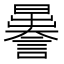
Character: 𧬉